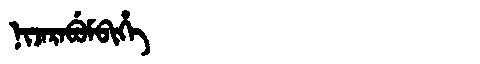
Manchu: ᠨᡳᠵᠠᡵᠠᠪᡠᠮᠪᡳᡥᡝ
Romanization: NIJARABUMBIHE